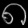
Digit: ၈